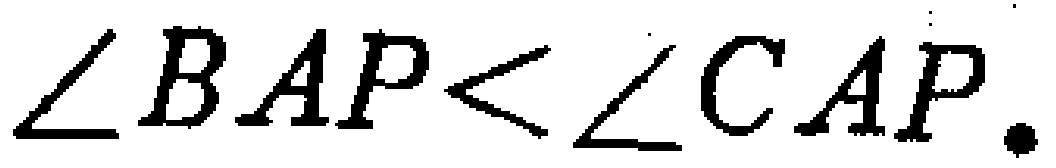
$\angle BAP<\angle CAP.$